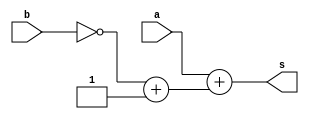
// ------------------------- 
// Exemplo0020 - BASE 
// Nome: Oswaldo Oliveira Paulino
// ------------------------- 
// ------------------------- 
// test number system 
// ------------------------- 

module Q05 (output [7:0]s, input [7:0]a, input [7:0]b);
	assign s = a + (~b + 1);
endmodule

module test_base_01; 
// ------------------------- definir dados 
	reg [7:0] a;
	reg [7:0] b;
	reg [7:0] c;
	reg [7:0] d;
	reg [7:0] e;  
	reg [7:0] f;
	reg [7:0] g;
	reg [7:0] h;
	reg [7:0] i;
	reg [7:0] j; 
		
	wire [7:0] sA;
	wire [7:0] sB;
	wire [7:0] sC;
	wire [7:0] sD;
	wire [7:0] sE;  
	
	Q05 letraA(sA, a, b); 
	Q05 letraB(sB, c, d);
	Q05 letraC(sC, e, f);
	Q05 letraD(sD, g, h);
	Q05 letraE(sE, i, j);
	
initial begin: start
	a = 6'b101010; 
	b = 4'b1001;
	c = 5'b11011;
	d = 4'o15;
	e = 6'o34;
	f = 4'hC;
	g = 8'hDA;
	h = 8'b10111001;
	i = 27;
	j = 5'h1B;
end
	
// ------------------------- parte principal 
initial begin
	$display("Exemplo0020 - Oswaldo Oliveira Paulino - 382175"); 
	$display("Test number system"); 
	 
	#1
	$display("\nLetra A)");
	$display("%b - %b = %b", a, b, sA);
	
	#1
	$display("\nLetra B)");
	$display("%b - %o = %b", c, d, sB);
	
	#1
	$display("\nLetra C)");
	$display("%o - %h = %b", e, f, sC);
	
	#1
	$display("\nLetra D)");
	$display("%h - %b = %b", g, h, sD);
	
	#1
	$display("\nLetra E)");
	$display("%d - %h = %b", i, j, sE);	

end 
endmodule // test_base 

// ------------------------ documentacao complementar
/*
    Exemplo0020 - Oswaldo Oliveira Paulino - 382175
    Test number system
    
    Letra A)
    00101010 - 00001001 = 00100001
    
    Letra B)
    00011011 - 015 = 00001110
    
    Letra C)
    034 - 0c = 00010000
    
    Letra D)
    da - 10111001 = 00100001
    
    Letra E)
     27 - 1b = 00000000
*/